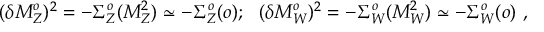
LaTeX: ( \delta M _ { Z } ^ { o } ) ^ { 2 } = - \Sigma _ { Z } ^ { o } ( M _ { Z } ^ { 2 } ) \simeq - \Sigma _ { Z } ^ { o } ( o ) ; ~ ~ ( \delta M _ { W } ^ { o } ) ^ { 2 } = - \Sigma _ { W } ^ { o } ( M _ { W } ^ { 2 } ) \simeq - \Sigma _ { W } ^ { o } ( o ) ~ ,